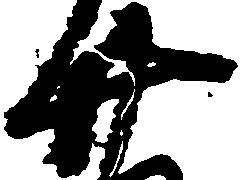
廿